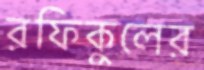
রফিকুলের